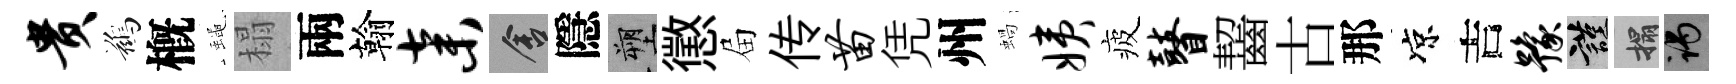
贵鷀槪蠅榻兩翰弃舍隱塑懲屇传苗凭州蝸姨疲瞽齧古那凉吉豫謹搨谒